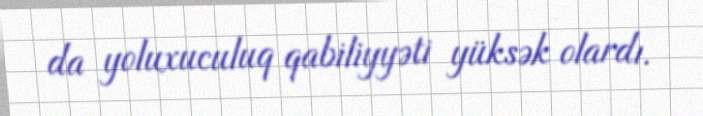
da yoluxuculuq qabiliyyəti yüksək olardı.